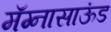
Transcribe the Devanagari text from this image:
मॅग्नासाऊंड